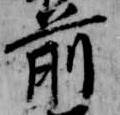
前